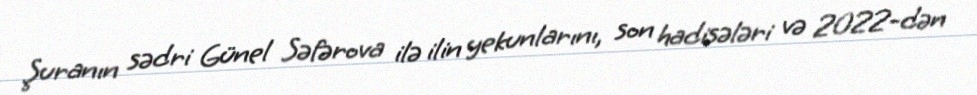
Şuranın sədri Günel Səfərova ilə ilin yekunlarını, son hadisələri və 2022-dən